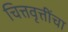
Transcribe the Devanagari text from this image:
चित्तवृत्तींचा